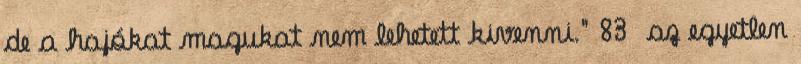
de a hajókat magukat nem lehetett kivenni." 83 az egyetlen